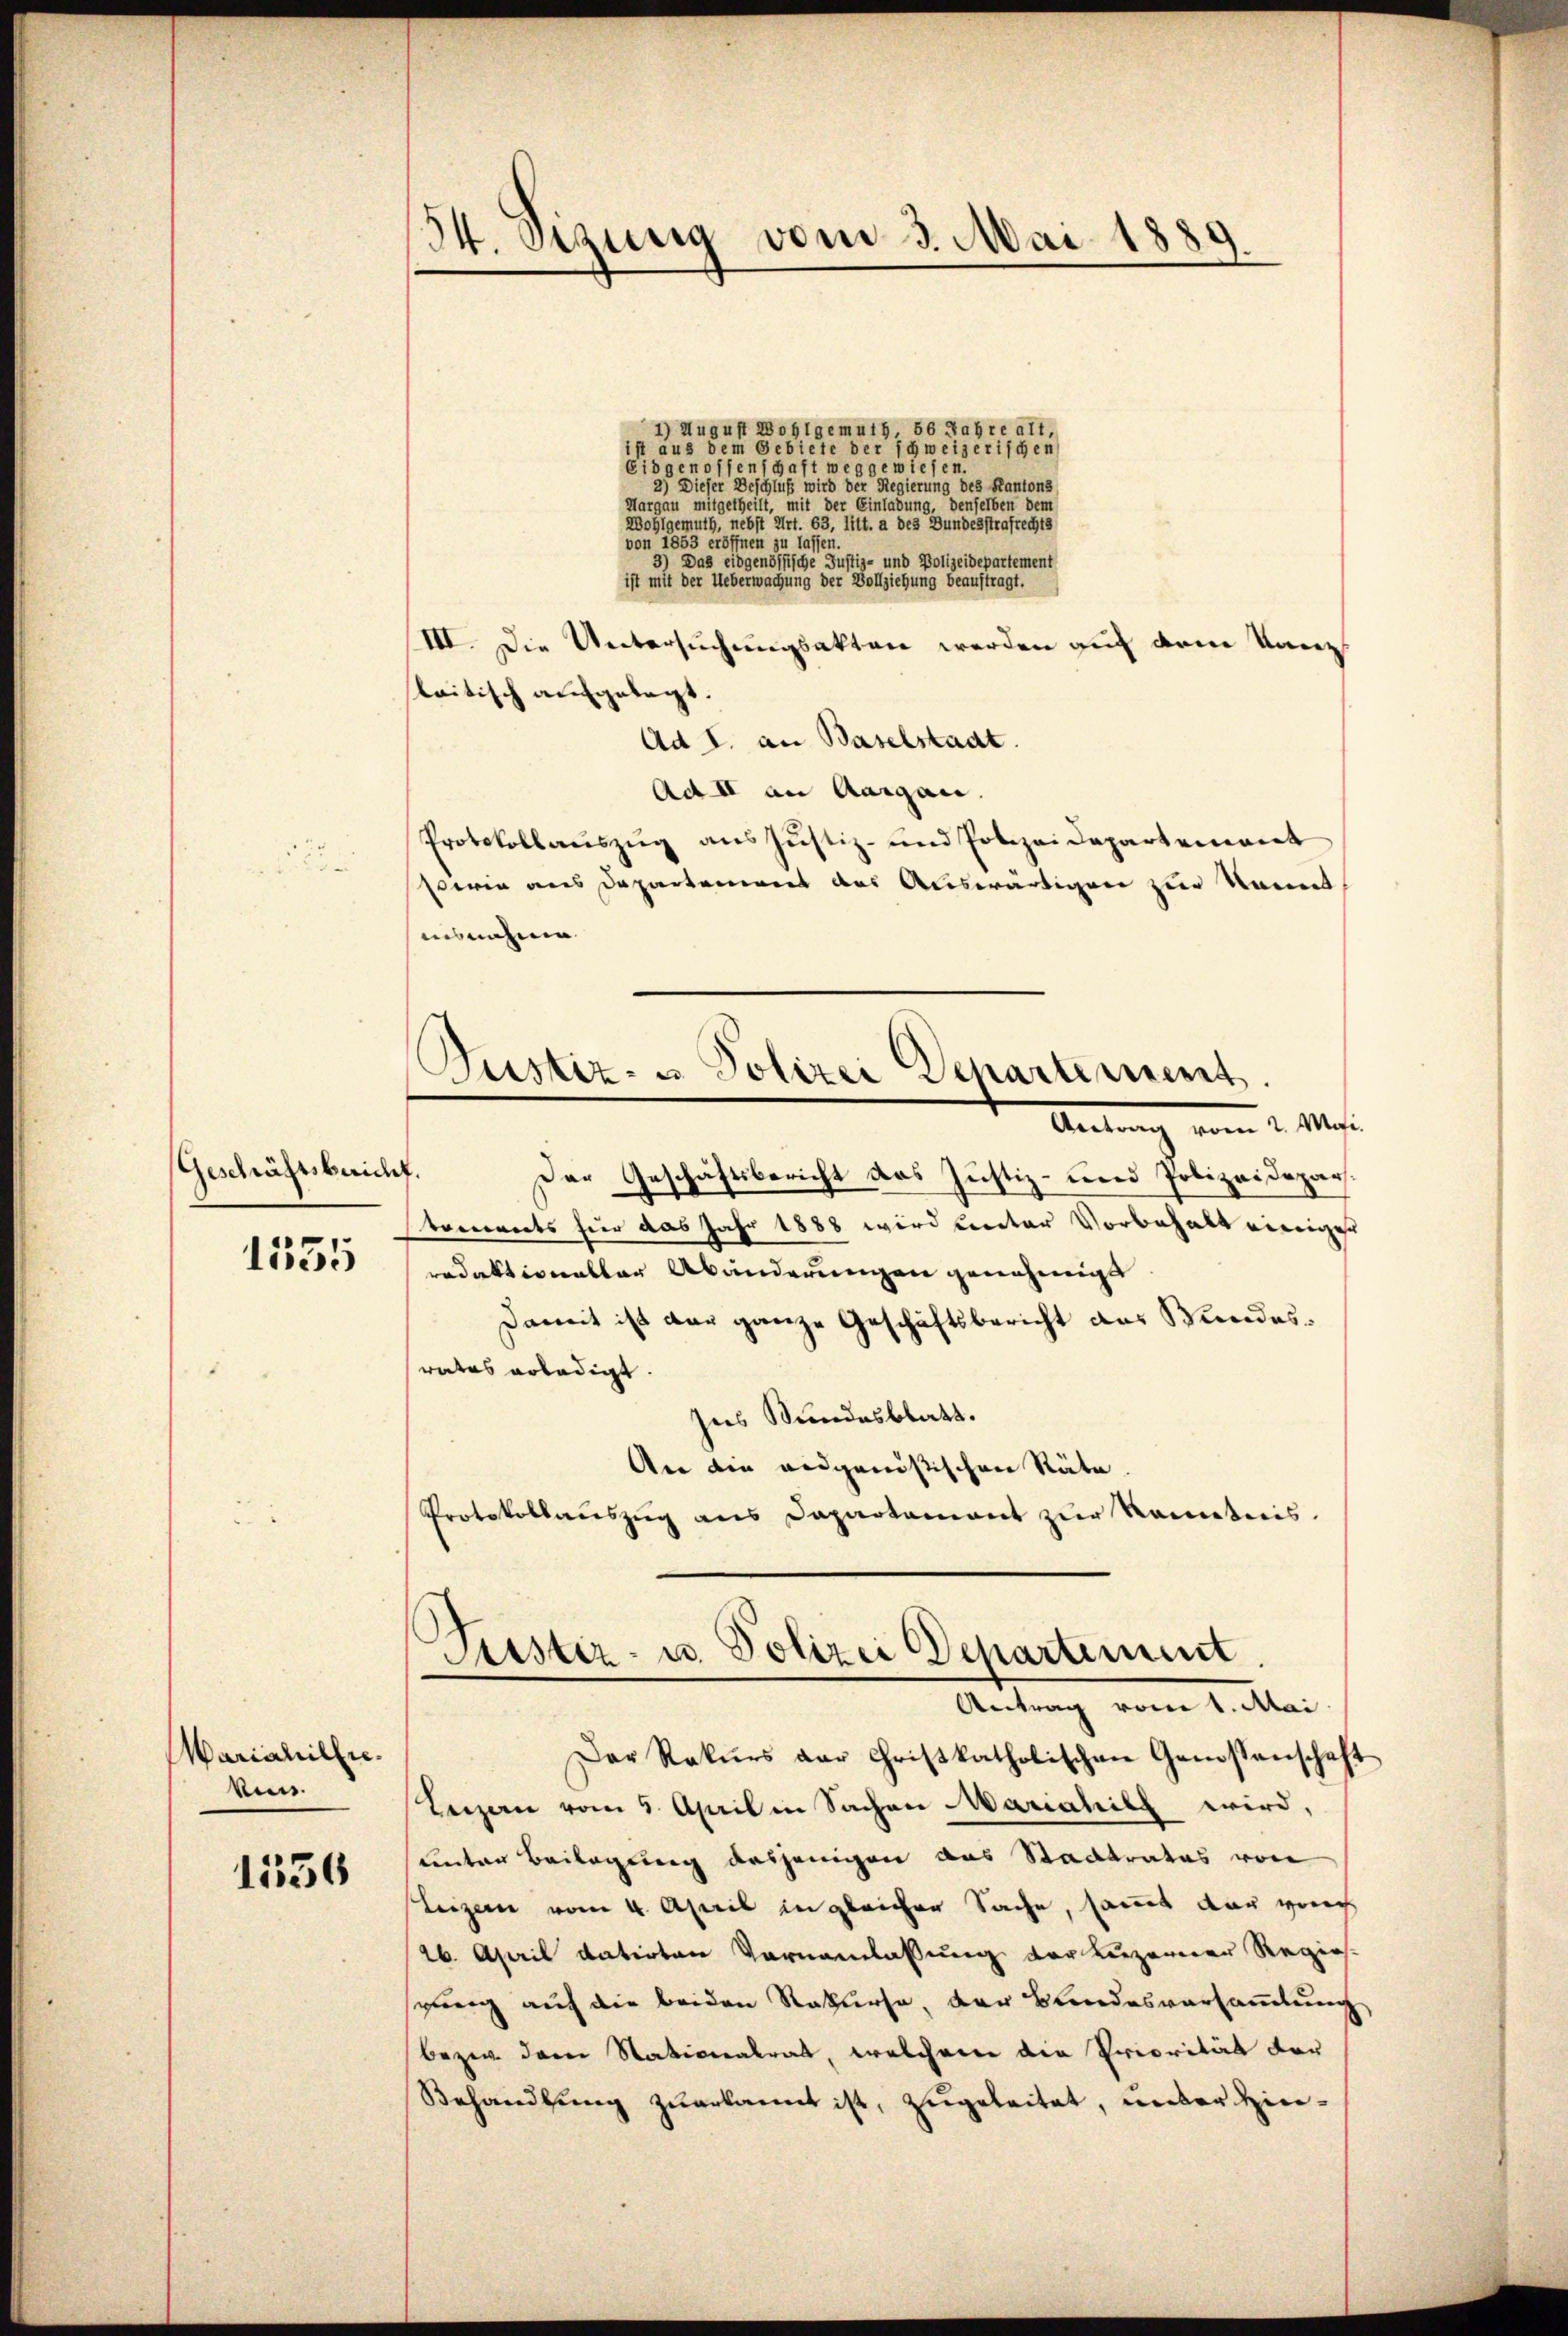
Geschäftsbericht.

Mariahilen.
ken.

1536

1) August 28ohlgemuth, 56 Jahre alt,
aus dem Gebiete der schweizerischen
Eidgenossenschaft weggewiesen.
2) Dieser Beschluß wird der Regierung des Kantons
Margau mitgetheilt, mit der Einladung, denselben dem
Wohlgemuth, nebst Art. 63, Tit. a des Bundesstrafrechts
von 1853 eröffnen zu lassen.
3) Das eidgenössische Justiz- und Polizeidepartement
ist mit der Ueberwachung der Vollziehung beauftragt.
III. Die Untersuchungsakten werden auf dem Kanzlaitisch aufgelegt.
Ad I. an Baselstadt.
Ad II an Aargau.
Protokollauszug aus Justiz- und Polizeidepartement
serin aus Departement des Auswärtigen zur kannt,
usnahme
Pustiz- & Polizei Departement.
 vom 2. Mai
Der Geschäftsbericht das Justiz- und Polizeideparvorerworts für das Jahr 1888 wird unter Vorbehalt einigen
11525. redaktionaller Abänderungen genehmigt
Damit ist dar ganze Geschäftsbericht aus Wundesrates erledigt.
Ins Bundesblatt.
An die eidgenößischen Räte.
Protokollaŭszŭg ans Departament zŭr Kenntnis.

34. Sizung vom 3. Mai 1889.

Justiz- u. Polizei Departement
Antrag vom 1. Mai

Der Rekŭrs der Christkatholischen Genossenschaft
Luzern vom 5. April in Sachen Mariahilt wird,
unter Beilegung desjenigen aus Stadtrates von
Luzern vom 4. April in gleicher Sache, sammt dar verich
26. April datirten Vornamlassung der Luzerner Regies-
pung auch die beiden Rekurse, der Bundesversammlung
bezug der Nationalrat, welchem die Priorität der
Behandlung zuerkannt ist, zugeleitet, unter Hin¬